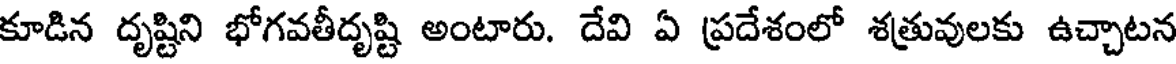
కూడిన దృష్టిని భోగవతీదృష్టి అంటారు. దేవి ఏ ప్రదేశంలో శత్రువులకు ఉచ్చాటన